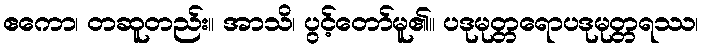
ဧကော၊ တဆူတည်း။ အာသိ၊ ပွင့်တော်မူ၏။ ပဒုမုတ္တရောပဒုမုတ္တရဿ၊